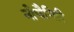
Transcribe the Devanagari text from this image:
नीचैगिरि